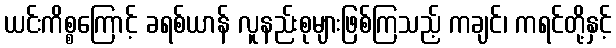
ယင်းကိစ္စကြောင့် ခရစ်ယာန် လူနည်းစုများဖြစ်ကြသည့် ကချင်၊ ကရင်တို့နှင့်